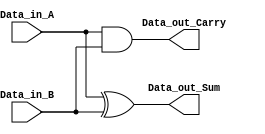
module lab4(
    Data_in_A,
    Data_in_B,
    Data_out_Sum,
    Data_out_Carry
    );

	input Data_in_A;
	input Data_in_B;

	output Data_out_Sum;
	output Data_out_Carry;

	assign Data_out_Sum = Data_in_A ^ Data_in_B;
	assign Data_out_Carry = Data_in_A & Data_in_B;
 
endmodule